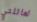
لعائلتي